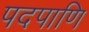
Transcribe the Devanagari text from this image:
पदपाणि